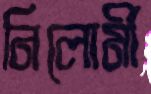
নিলোর্মী